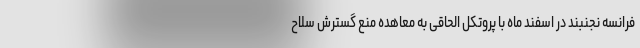
فرانسه نجنبند در اسفند ماه با پروتکل الحاقی به معاهده منع گسترش سلاح